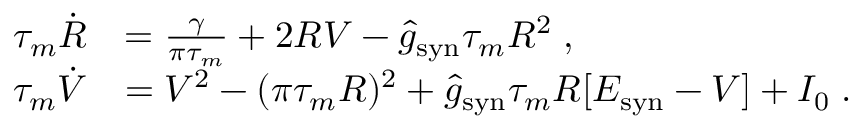
\begin{array} { r l } { \tau _ { m } \dot { R } } & { = \frac { \gamma } { \pi \tau _ { m } } + 2 R V - \hat { g } _ { \mathrm { s y n } } \tau _ { m } R ^ { 2 } \; , } \\ { \tau _ { m } \dot { V } } & { = V ^ { 2 } - ( \pi \tau _ { m } R ) ^ { 2 } + \hat { g } _ { \mathrm { s y n } } \tau _ { m } R [ E _ { \mathrm { s y n } } - V ] + I _ { 0 } \; . } \end{array}